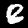
Digit: 8